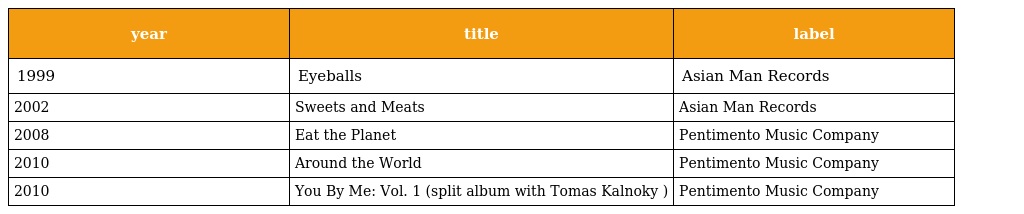
| year | title | label |
 | --- | --- | --- |
 | 1999 | Eyeballs | Asian Man Records |
 | 2002 | Sweets and Meats | Asian Man Records |
 | 2008 | Eat the Planet | Pentimento Music Company |
 | 2010 | Around the World | Pentimento Music Company |
 | 2010 | You By Me: Vol. 1 (split album with Tomas Kalnoky ) | Pentimento Music Company |